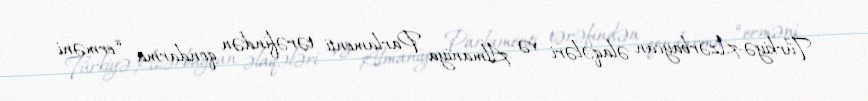
Türkiyə-Azərbaycan əlaqələri və Almaniya Parlamenti tərəfindən qondarma “erməni